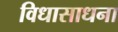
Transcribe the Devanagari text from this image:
विधासाधना